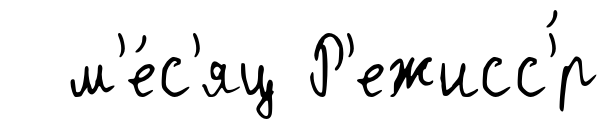
м'е́с'яц Р'ежисс'́р